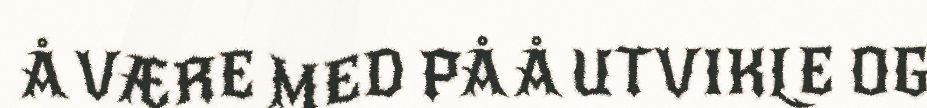
Å VÆRE MED PÅ Å UTVIKLE OG